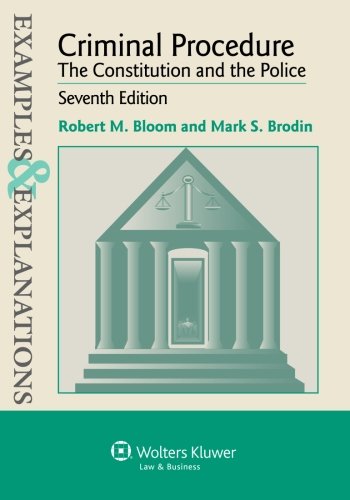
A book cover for Examples & Explanation: Criminal Procedure Constitution & Police, Seventh Edition (Examples & Explanations); Robert M. Bloom; Law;